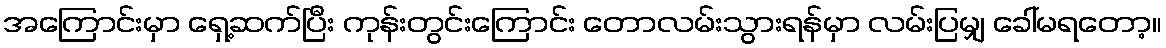
အကြောင်းမှာ ရှေ့ဆက်ပြီး ကုန်းတွင်းကြောင်း တောလမ်းသွားရန်မှာ လမ်းပြမျှ ခေါ်မရတော့။